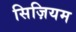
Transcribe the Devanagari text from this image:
सिज़ियम